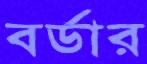
বর্ডার